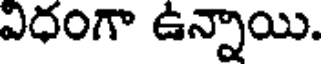
విధంగా ఉన్నాయి.